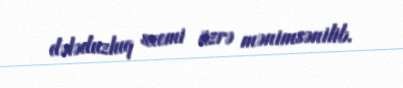
dələduzluq sxemi üzrə mənimsənilib.